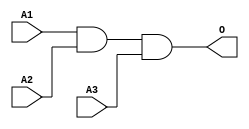
module JAND3B(A1, A2, A3, O);
input   A1;
input   A2;
input   A3;
output  O;
and g0(O, A1, A2, A3);
endmodule